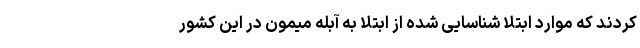
کردند که موارد ابتلا شناسایی شده از ابتلا به آبله میمون در این کشور